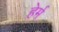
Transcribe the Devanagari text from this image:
हेर्म